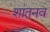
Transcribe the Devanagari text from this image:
शांतनव